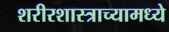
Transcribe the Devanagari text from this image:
शरीरशास्त्राच्यामध्ये